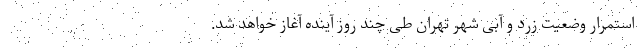
استمرار وضعیت زرد و آبی شهر تهران طی چند روز آینده آغاز خواهد شد.